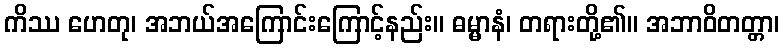
ကိဿ ဟေတု၊ အဘယ်အကြောင်းကြောင့်နည်း။ ဓမ္မာနံ၊ တရားတို့၏။ အဘာဝိတတ္တာ၊